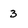
Character: 3